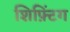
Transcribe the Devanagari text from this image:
शिफ़्टिंग